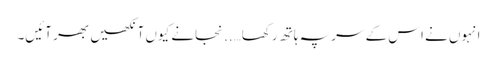
انہوں نے اس کے سر پہ ہاتھ رکھا…..نجانے کیوں آنکھیں بھر آئیں۔